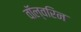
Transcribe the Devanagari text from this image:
वॉल्वरिन